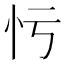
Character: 𢗃